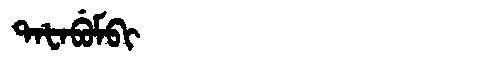
Manchu: ᡨᠠᡶᠠᠪᡠᠮᠪᡳ
Romanization: TAFABUMBI